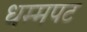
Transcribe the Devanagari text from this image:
धम्मपट